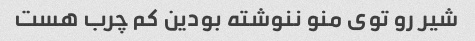
شیر رو توی منو ننوشته بودین کم چرب هست